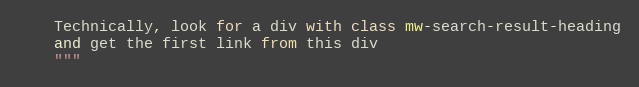
Language: Python
    Technically, look for a div with class mw-search-result-heading
    and get the first link from this div
    """